system: You are a helpful assistant.
user:
Analyze the provided spectrum to determine if it is a **M-type Giant (gM)**.

A M-type Giant spectrum is defined by its **strong molecular absorption** features, particularly from **Titanium Oxide (TiO)**. You must check for one of the following mutually exclusive signatures:

- **Key Visual Indicators (Absorption-Dominated Spectrum):**

    - **(Primary):** The spectrum is dominated by strong molecular absorption from **Titanium Oxide (TiO)**. This is the **defining feature** of its M-type temperature class.
        - **(Key Bandheads):** Look for sharp, "saw-tooth" absorption valleys. The strongest are located near **~7050 Å**, **~6160 Å**, and **~5170 Å**.
        - **(Line Profile):** The "saw-tooth" morphology is critical: a **sharp, steep drop on the BLUE (short-wavelength) side** of the bandhead, followed by a gradual recovery (rising flux) towards the RED (long-wavelength) side.

    - **(Key Confirmation - Giant vs. Dwarf):** **ABSENCE** of strong **Calcium Hydride (CaH)** molecular bands. This is the primary diagnostic for *excluding* M-dwarfs.
        - **(Key Region):** The spectrum should lack the strong, broad absorption band seen in dwarfs between **~6800 Å and ~7000 Å**.

    - **(Secondary Confirmation - Giant):** A very strong and broad **Neutral Calcium (Ca I)** atomic absorption line.
        - **(Key Line):** Located at **~4226 Å**. In a giant (gM), this line is significantly deeper and broader than the same line in an M-dwarf (dM) due to low surface gravity.

    - **(Overall Spectrum):**
        - The continuum is **extremely red-sloping** (i.e., flux is very low in the blue and rises dramatically towards the red).
        - The entire spectrum appears "chopped up" by the deep TiO bands.

Think first, call **spectral_visualization_tool** if needed to examine features in detail, then provide your final answer. Your response must adhere to the following strict rules:
1.  **Overall Structure:** Your response must follow the format `<think>...</think> <tool_call>...</tool_call> (if a tool is used) <answer>...</answer>`.
2.  **Tool Usage Constraint:** You may only make **one** tool call per turn.
3.  **Final Answer Format:** In the `<answer>` tag, your conclusion must be inside a `\boxed{}` command (e.g., `\boxed{YES}` or `\boxed{NO}`), followed by your justification.

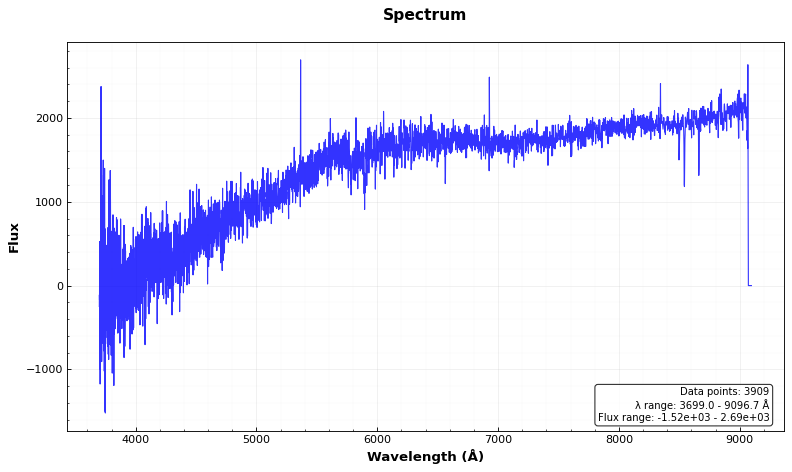
Answer: NO